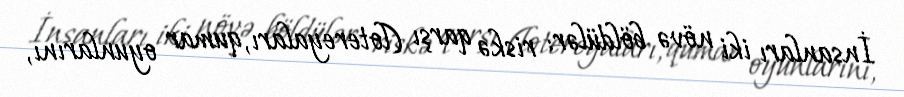
İnsanları iki növə böldülər: riskə qarşı (lotereyaları, qumar oyunlarını,